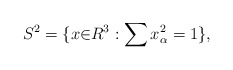
\begin{align*}S^2=\{x{\in}R^3:\sum x_\alpha^2=1\},\end{align*}